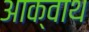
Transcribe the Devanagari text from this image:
आक्वाथ